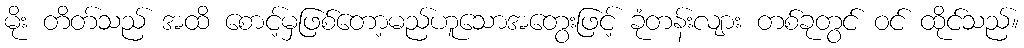
မိုး တိတ်သည် အထိ စောင့်မှဖြစ်တော့မည်ဟူသောအတွေးဖြင့် ခုံတန်းလျား တစ်ခုတွင် ဝင် ထိုင်သည်။